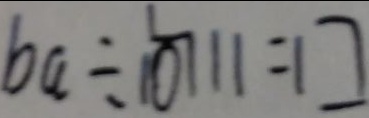
b a \div 1 0 7 1 1 = \square